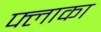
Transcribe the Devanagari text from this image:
फ्लाका